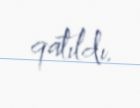
qatıldı.